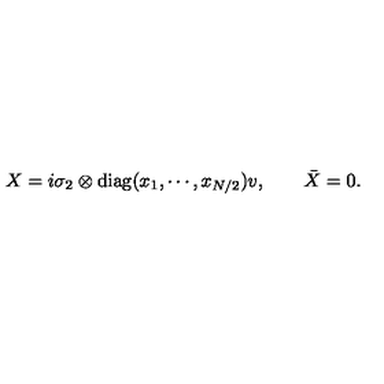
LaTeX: X = i \sigma _ { 2 } \otimes \mathrm { d i a g } ( x _ { 1 } , \cdots , x _ { N / 2 } ) v , \qquad \bar { X } = 0 .